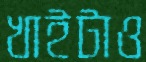
খাইটাও